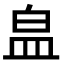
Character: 𭽾